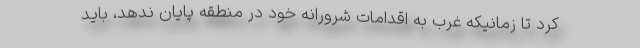
کرد تا زمانیکه غرب به اقدامات شرورانه خود در منطقه پایان ندهد، باید